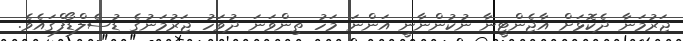
ޖަރުމަނާ ދެކޮޅަށް އާޖެންޓީނާ ނުކުންނާނީ އަންނަ މަހު ތިންވަނަ ދުވަހު ޖަރުމަނުގެ ޑުސެލްޑޯފްގައެވެ.